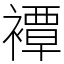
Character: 𧝓